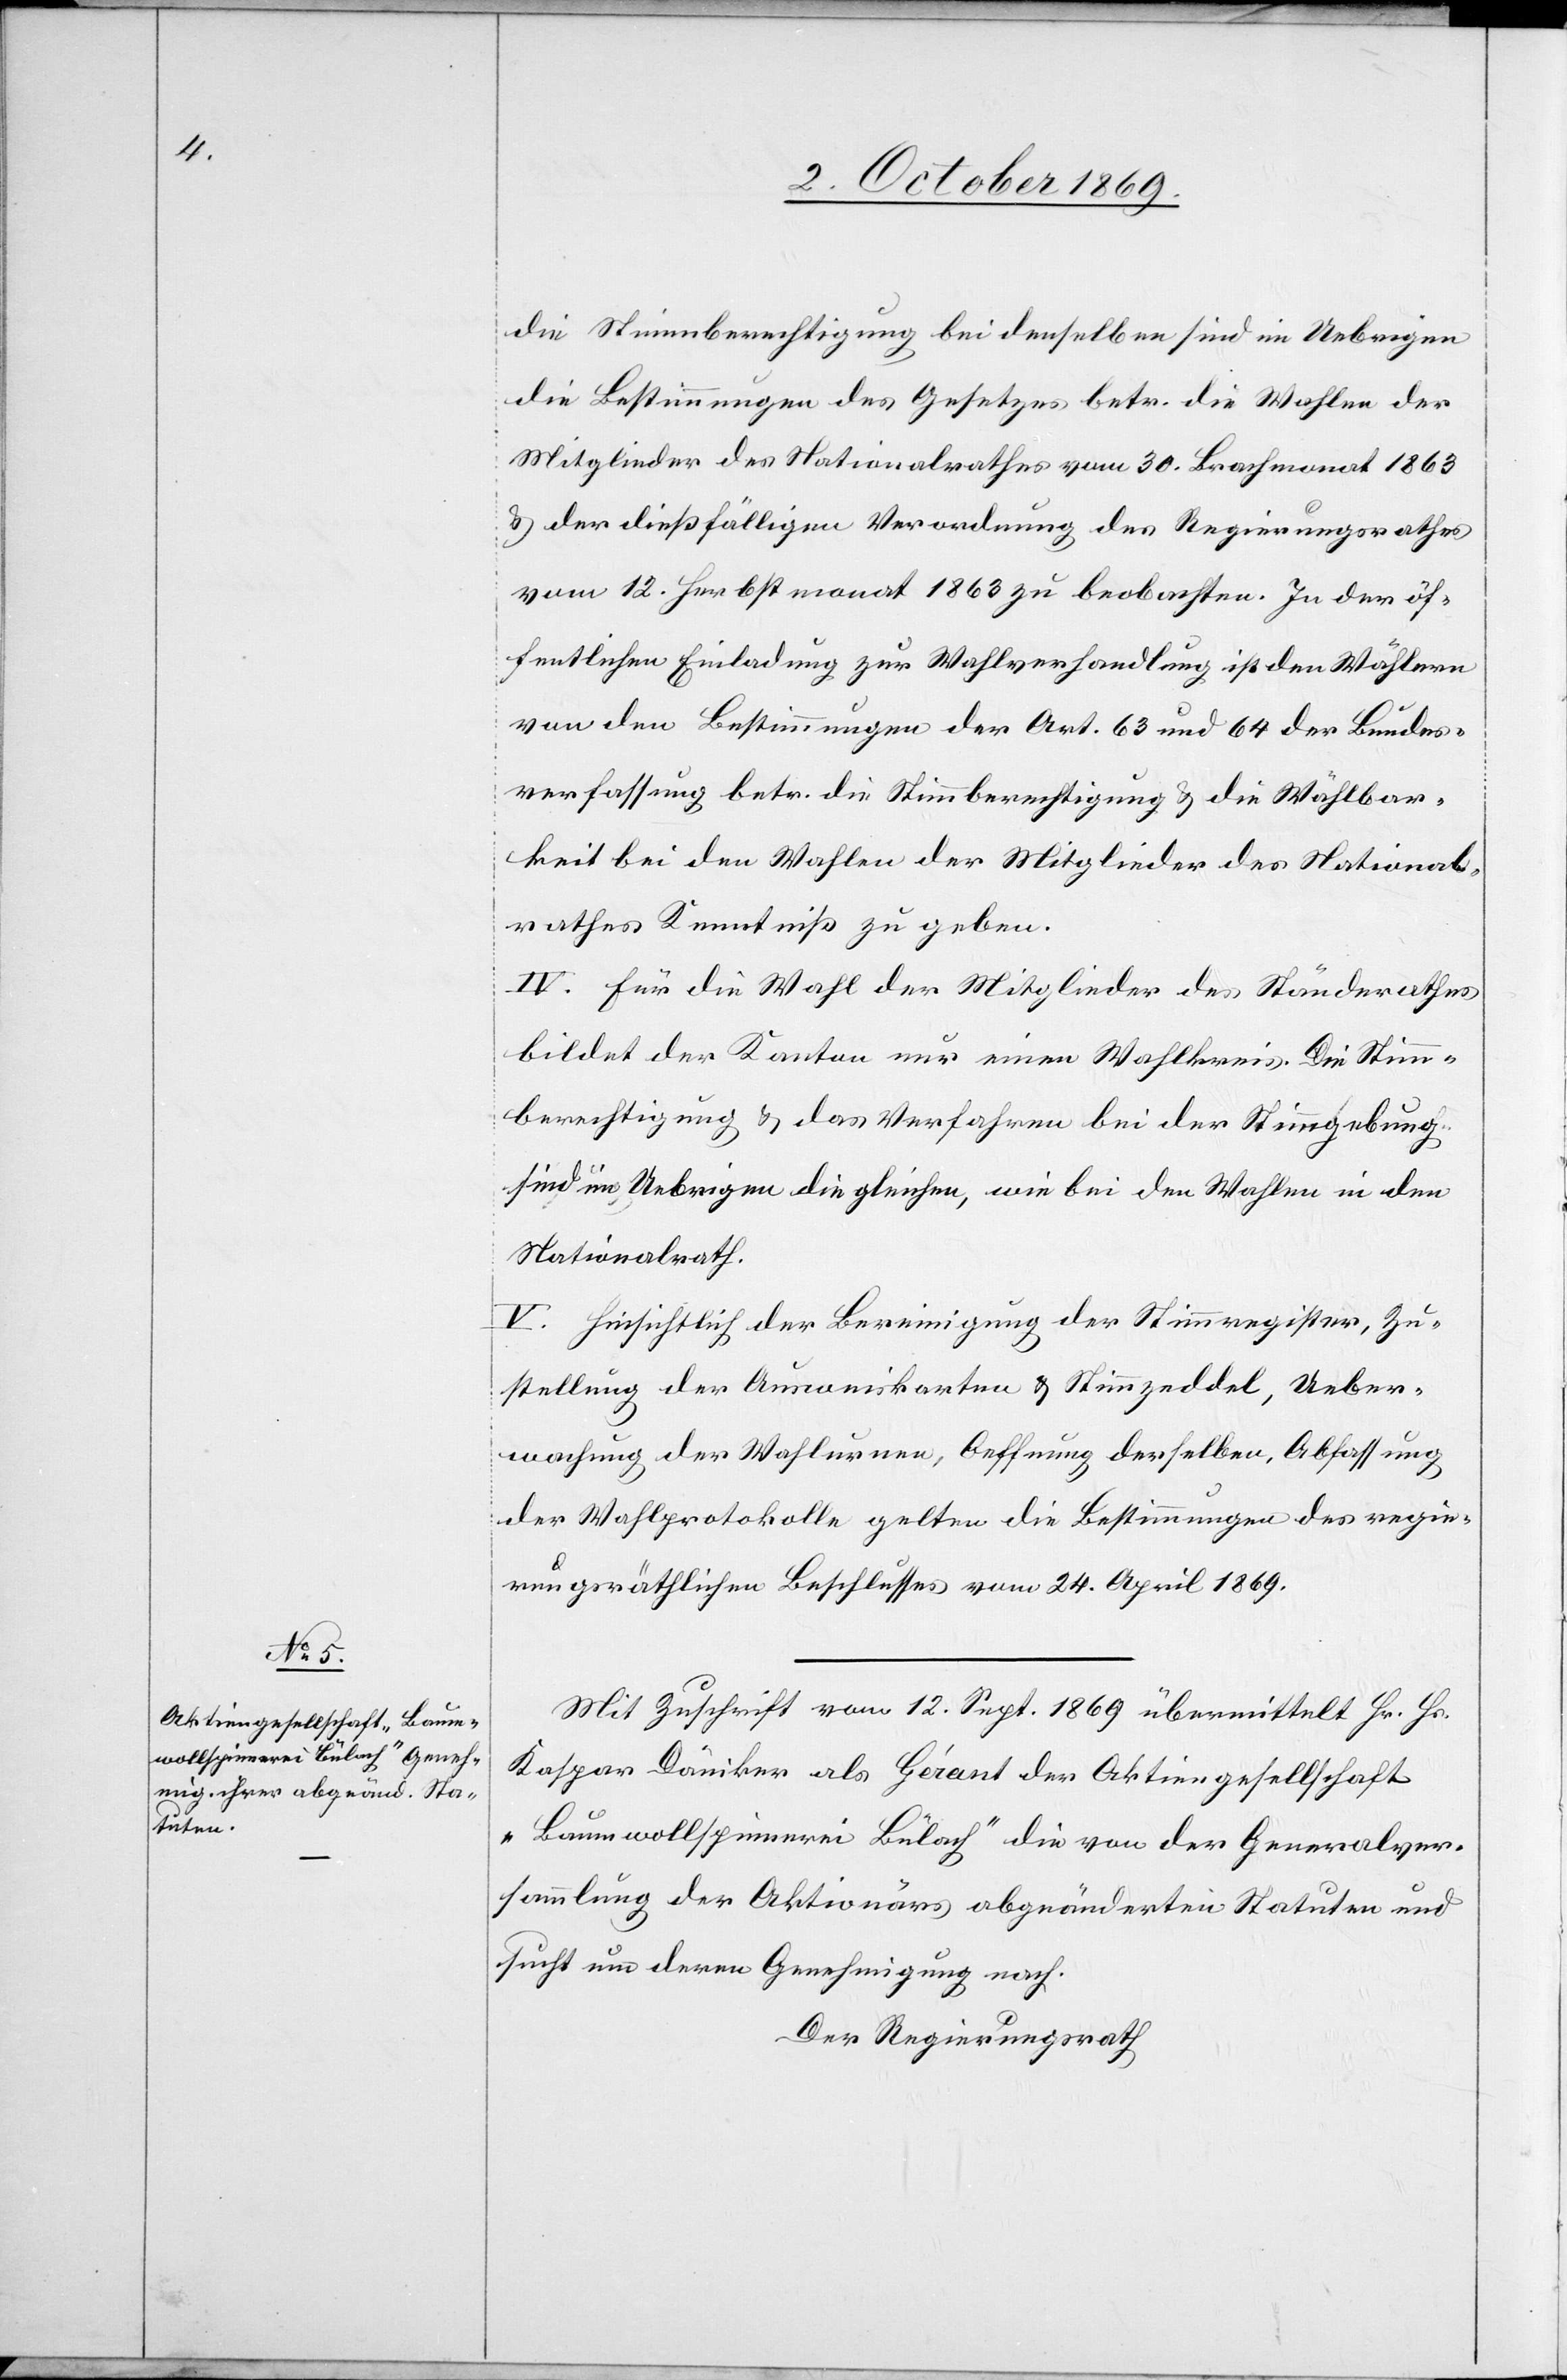
die Stimmberechtigung bei denselben sind im Uebrigen
die Bestimmungen des Gesetzes betr. die Wahlen der
Mitglieder des Nationalrathes vom 30. Brachmonat 1863
& der dießfälligen Verordnung des Regierungsrathes
vom 12. Herbstmonat 1863 zu beobachten. In der öf¬
fentlichen Einladung zur Wahlverhandlung ist den Wählern
von den Bestimmungen der Art. 63 und 64 der Bundes¬
verfassung betr. die Stimmberechtigung & die Wählbar¬
keit bei den Wahlen der Mitglieder des National¬
rathes Kenntniß zu geben.
IV. Für die Wahl der Mitglieder des Ständerathes
bildet der Kanton nur einen Wahlkreis. Die Stimm¬
berechtigung & das Verfahren bei der Stimmgebung
sind im Uebrigen die gleichen, wie bei den Wahlen in den
Nationalrath.
V. Hinsichtlich der Bereinigung der Stimmregister, Zu¬
stellung der Ausweiskarten & Stimmzeddel, Ueber¬
wachung der Wahlurnen, Oeffnung derselben, Abfassung
der Wahlprotokolle gelten die Bestimmungen des regie¬
rungsräthlichen Beschlusses vom 24. April 1869.
Mit Zuschrift vom 12. Sept. 1869 übermittelt Hr. Hs.
Kaspar Däniker als Gérant der Aktiengesellschaft
„Baumwollspinnerei Bülach“ die von der Generalver¬
sammlung der Aktionärs abgeänderten Statuten und
sucht um deren Genehmigung nach.
Der Regierungsrath